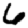
Digit: 6